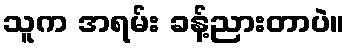
သူက အရမ်း ခန့်ညားတာပဲ။